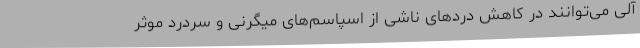
آلی می‌توانند در کاهش دردهای ناشی از اسپاسم‌های میگرنی و سردرد موثر